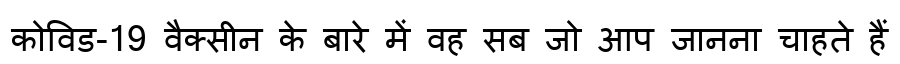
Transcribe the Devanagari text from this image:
कोविड-19 वैक्सीन के बारे में वह सब जो आप जानना चाहते हैं